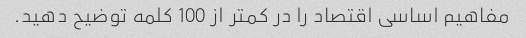
مفاهیم اساسی اقتصاد را در کمتر از 100 کلمه توضیح دهید.